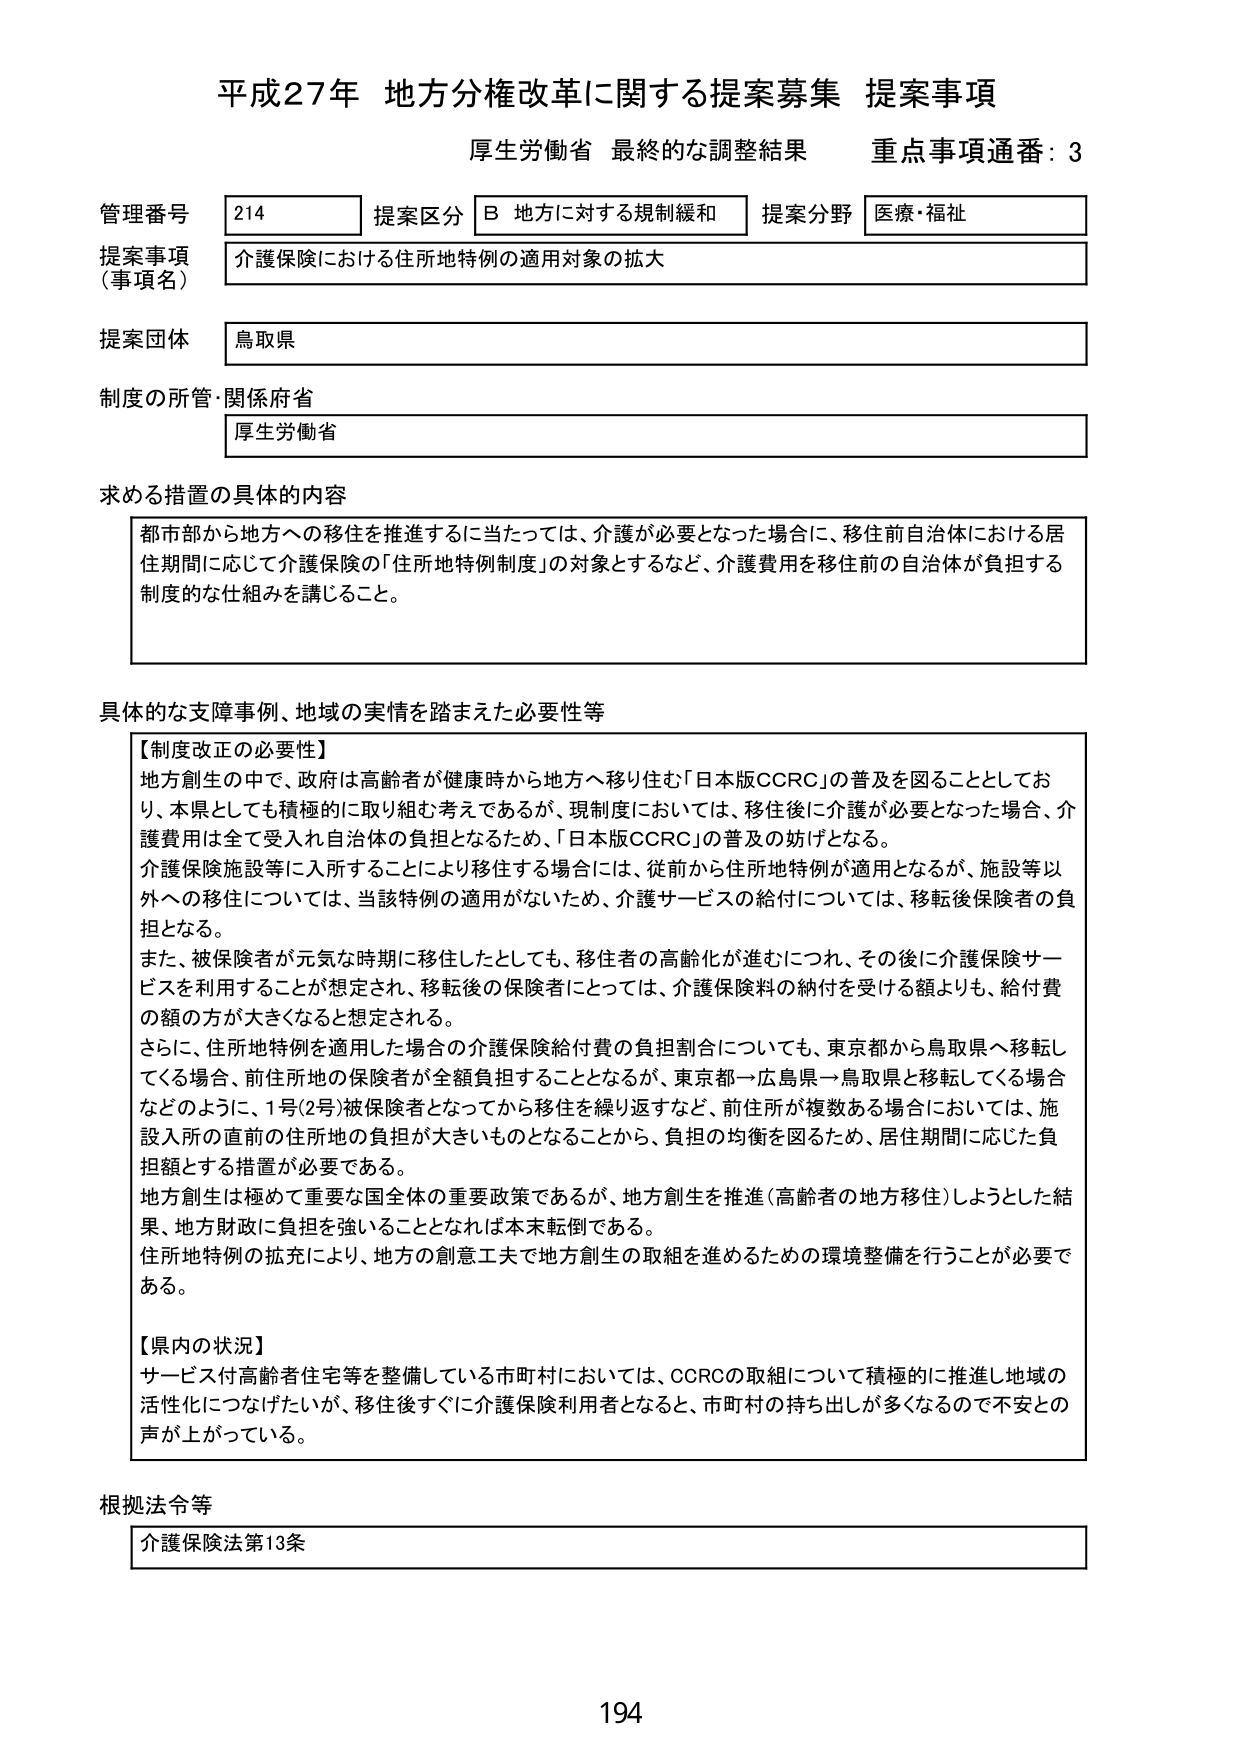
平成27年 地方分権改革に関する提案募集 提案事項
厚生労働省 最終的な調整結果 重点事項通番：3

管理番号 214 提案区分 B 地方に対する規制緩和 提案分野 医療・福祉
提案事項（事項名） 介護保険における住所地特例の適用対象の拡大
提案団体 鳥取県
制度の所管・関係府省 厚生労働省

求める措置の具体的内容
都市部から地方への移住を推進するに当たっては、介護が必要となった場合に、移住前自治体における居住期間に応じて介護保険の「住所地特例制度」の対象とするなど、介護費用を移住前の自治体が負担する制度的な仕組みを講じること。

具体的な支障事例、地域の実情を踏まえた必要性等
【制度改正の必要性】
地方創生の中で、政府は高齢者が健康時から地方へ移り住む「日本版CCRC」の普及を図ることとしており、本県としても積極的に取り組む考えであるが、現制度においては、移住後に介護が必要となった場合、介護費用は全て受入れ自治体の負担となるため、「日本版CCRC」の普及の妨げとなる。
介護保険施設等に入所することにより移住する場合には、従前から住所地特例が適用となるが、施設等以外への移住については、当該特例の適用がないため、介護サービスの給付については、移転後保険者の負担となる。
また、被保険者が元気な時期に移住したとしても、移住者の高齢化が進むにつれ、その後に介護保険サービスを利用する事が想定され、移転後の保険者にとっては、介護保険料の納付を受ける額よりも、給付費の方が大きくなると想定される。
さらに、住所地特例を適用した場合の介護保険給付費の負担割合についても、東京都から鳥取県へ移転してくる場合、前住所地の保険者が全額負担することとなるが、東京都→広島県→鳥取県と移転してくる場合などのように、1号(2号)被保険者となってから移住を繰り返すなど、前住所が複数ある場合においては、施設入所の直前の住所地の負担が大きいものとなることから、負担の均衡を図るため、居住期間に応じた負担額とする措置が必要である。
地方創生は極めて重要な国全体の重要政策であるが、地方創生を推進（高齢者の地方移住）しようとした結果、地方財政に負担を強いることとなれば本末転倒である。
住所地特例の拡充により、地方の創意工夫で地方創生の取組を進めるための環境整備を行うことが必要である。

【県内の状況】
サービス付高齢者住宅等を整備している市町村においては、CCRCの取組について積極的に推進し地域の活性化につなげたいが、移住後すぐに介護保険利用者となると、市町村の持ち出しが多くなるので不安との声が上がっている。

根拠法令等
介護保険法第13条

194